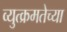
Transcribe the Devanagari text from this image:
व्युत्क्रमतेच्या